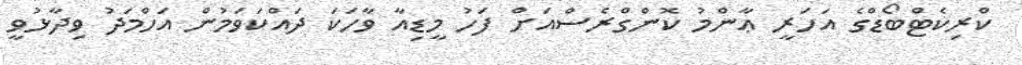
ކްރިކެޓްބޯޑްގެ އަހަރީ ޢާންމު ކޮންގްރެސްއަށް ފަހު މީޑިއާ ވާހަކަ ދައްކަވަމުން އަހްމަދު ވިދާޅުވީ